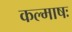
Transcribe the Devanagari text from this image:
कल्माषः